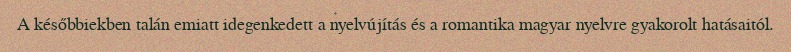
A későbbiekben talán emiatt idegenkedett a nyelvújítás és a romantika magyar nyelvre gyakorolt hatásaitól.